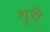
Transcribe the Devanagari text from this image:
शुरी